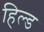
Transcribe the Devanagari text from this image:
हिल्ड